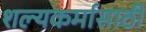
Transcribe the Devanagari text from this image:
शल्यकर्मासाठी